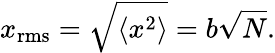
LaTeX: x_{\mathrm{rms}}={\sqrt{\langle x^{2}\rangle}}=b{\sqrt{N}}.